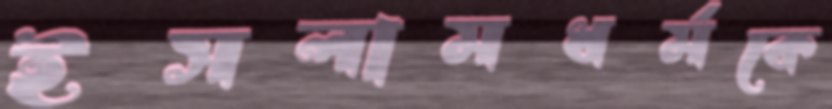
ইসলামধর্মকে